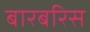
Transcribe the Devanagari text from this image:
बारबरिस